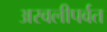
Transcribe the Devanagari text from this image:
अरवलीपर्वत